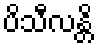
ပိသီလန္တိ